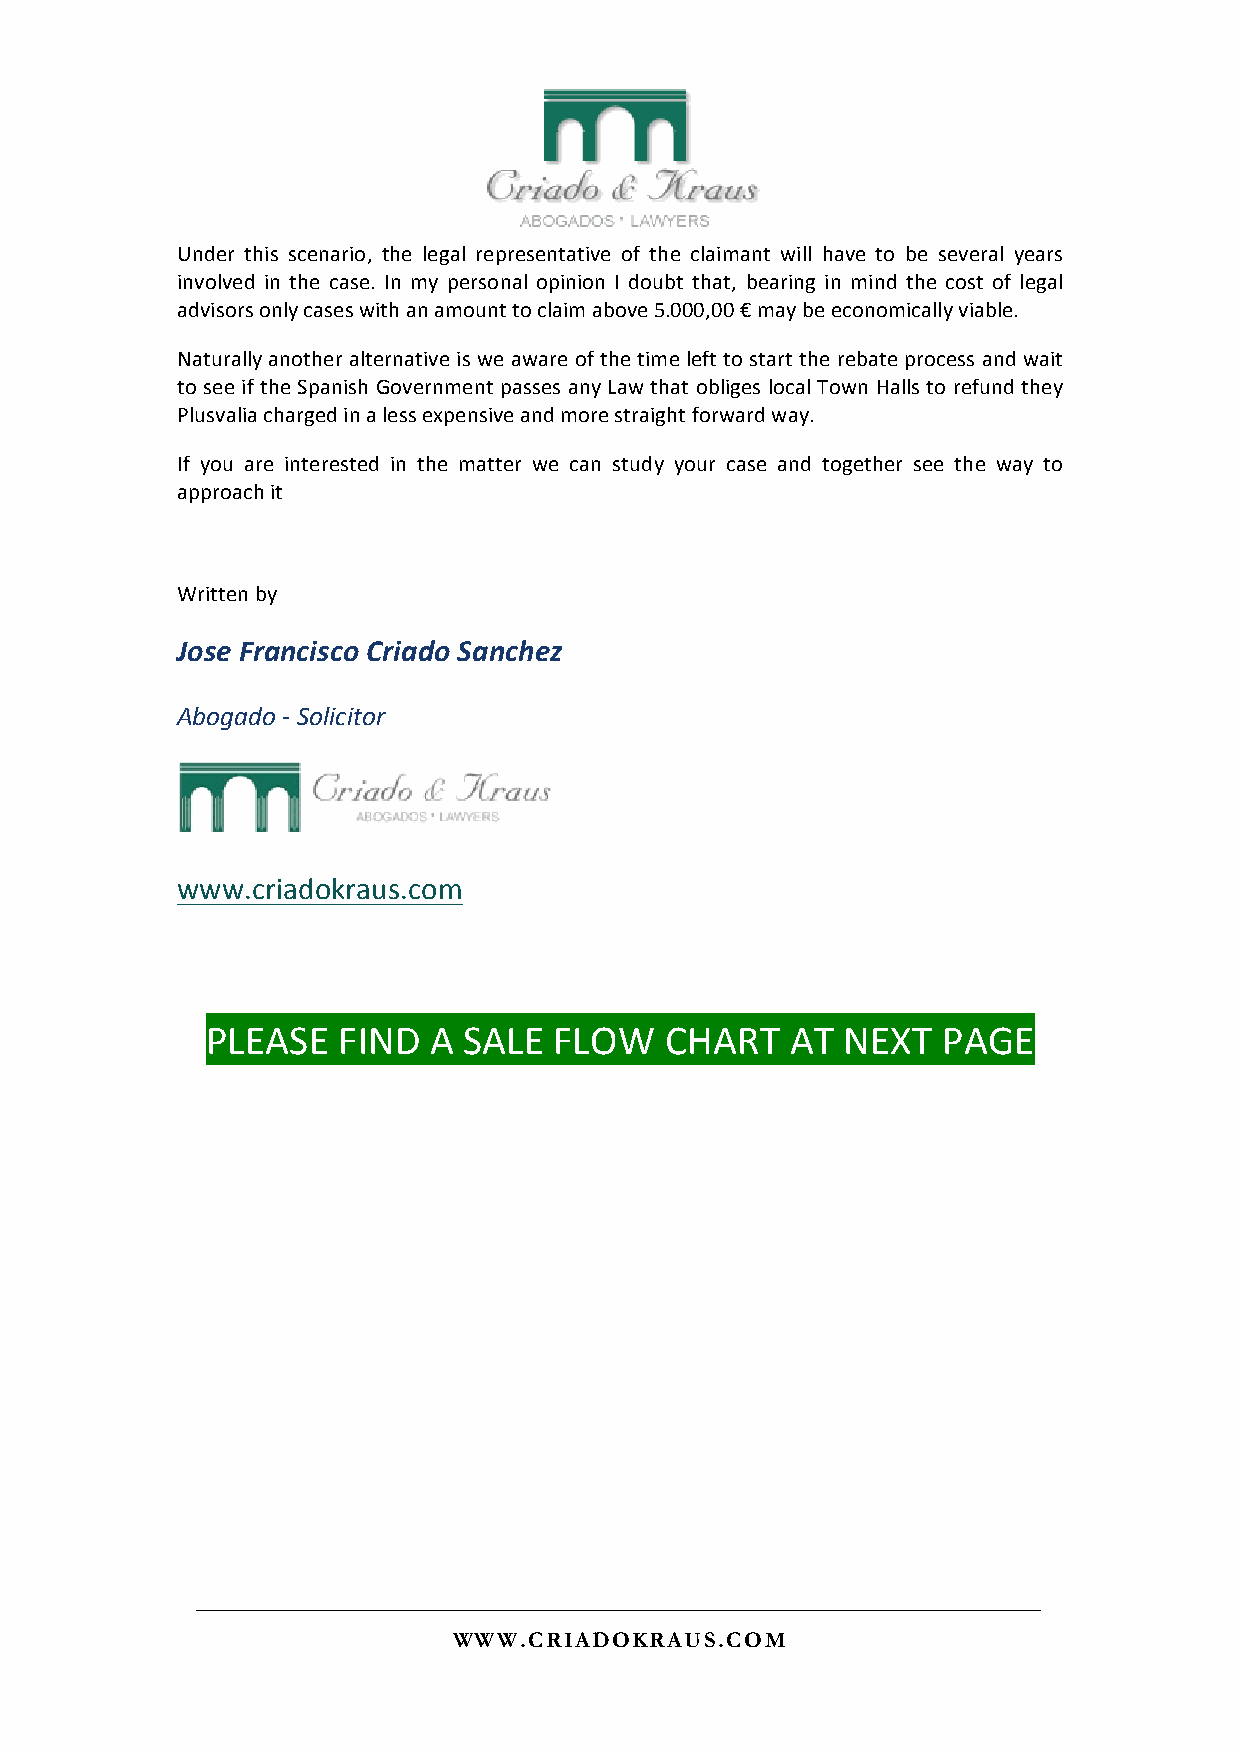
Under this scenario, the legal representative of the claimant will have to be several years
 involved in the case. In my personal opinion I doubt that, bearing in mind the cost of legal
 advisors only cases with an amount to claim above 5.000,00 € may be economically viable.
 Naturally another alternative is we aware of the time left to start the rebate process and wait
 to see if the Spanish Government passes any Law that obliges local Town Halls to refund they
 Plusvalia charged in a less expensive and more straight forward way.
 If you are interested in the matter we can study your case and together see the way to
 approach it
 Written by
 Jose Francisco Criado Sanchez
 Abogado - Solicitor
 www.criadokraus.com
 PLEASE  FIND  A  SALE  FLOW   CHART   AT  NEXT  PAGE
 WWW.CRIADOKRAUS.COM